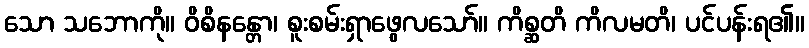
သော သဘောကို။ ဝိစိနန္တော၊ စူးစမ်းရှာဖွေလသော်။ ကိစ္ဆတိ ကိလမတိ၊ ပင်ပန်းရ၏။